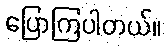
ပြောကြပါတယ်။